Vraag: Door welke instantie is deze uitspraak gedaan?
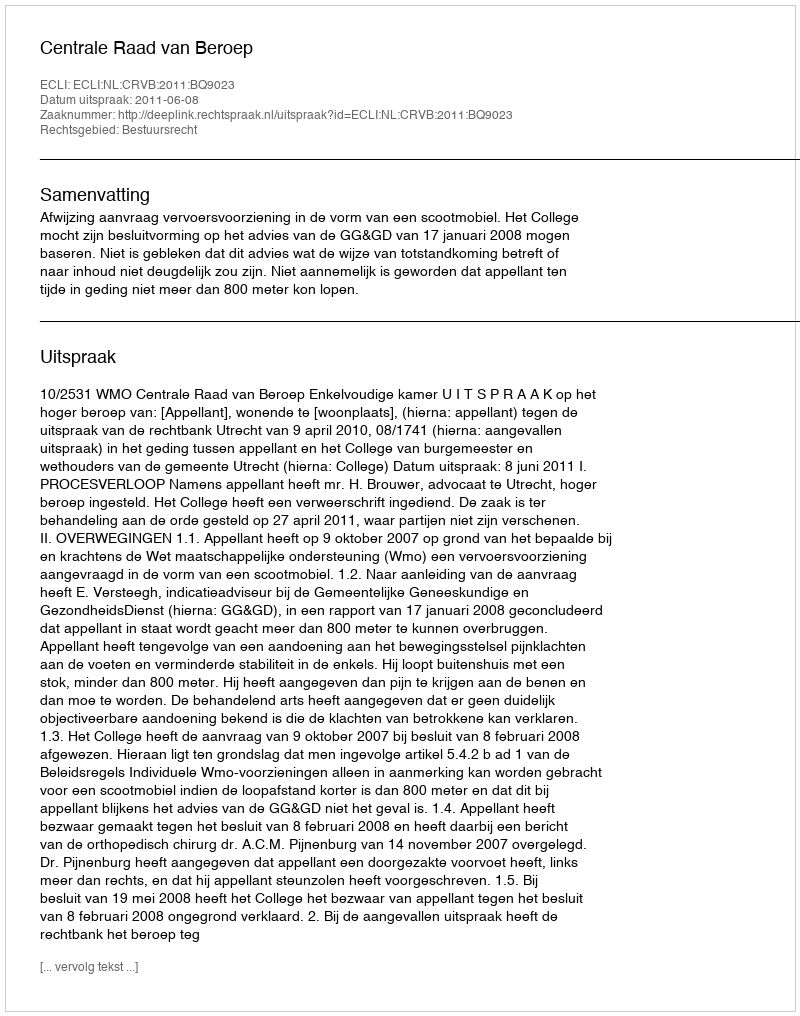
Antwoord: Centrale Raad van Beroep